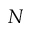
N